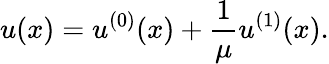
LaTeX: u(x)=u^{(0)}(x)+\frac{1}{\mu}u^{(1)}(x).